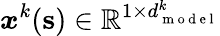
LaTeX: \boldsymbol{x}^{k}(\mathbf{s})\in\mathbb{R}^{1\times d_{\mathrm{~m~o~d~e~l~}}^{k}}